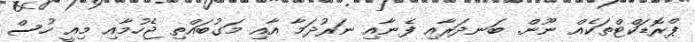
ޕްރޮޑަކްޓްތަކެއް ނޫން. ބަނދަރާއި ފެނާއި ނަރުދަމާ އާއި މަގުބައްތި ޖެހުމާއި މިއީ ހުސް